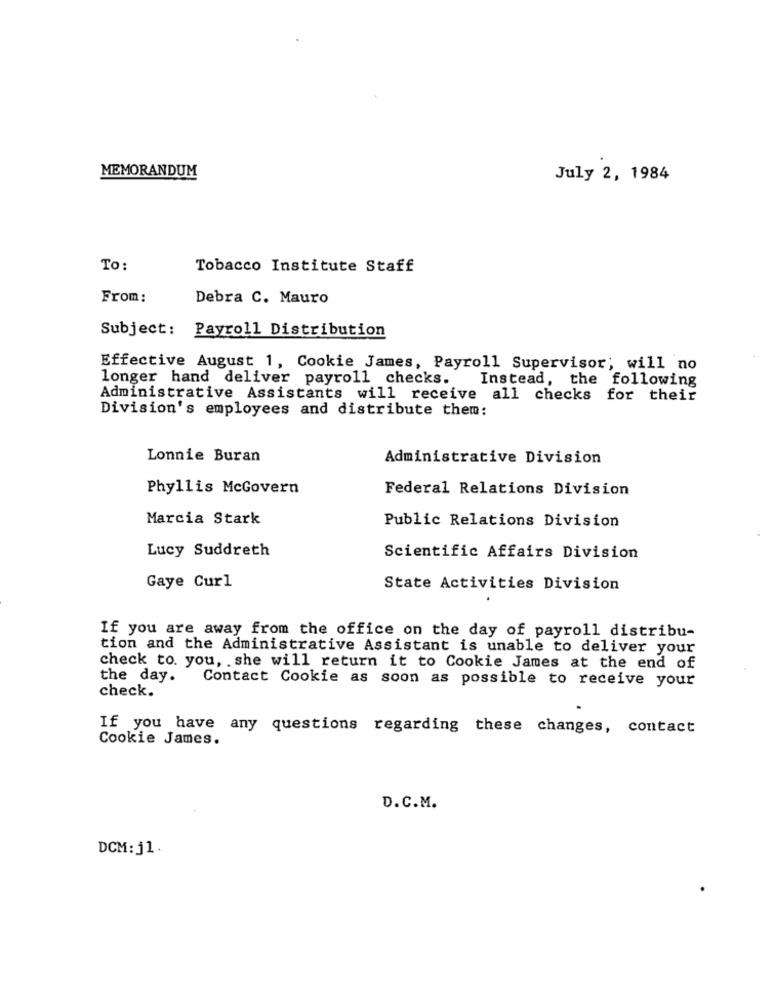
MEMORANDUM
July 2, 1984
To:
Tobacco Institute Staff
From:
Debra C. Mauro
Subject: Payroll Distribution
Effective August 1, Cookie James, Payroll Supervisor; will no
longer hand deliver payroll checks.
Instead, the following
Administrative Assistants will receive all checks for their
Division's employees and distribute them:
Lonnie Buran
Administrative Division
Phyllis McGovern
Federal Relations Division
Marcia Stark
Public Relations Division
Lucy Suddreth
Scientific Affairs Division
Gaye Curl
State Activities Division
If you are away from the office on the day of payroll distribu-
tion and the Administrative Assistant is unable to deliver your
check to. you, . she will return it to Cookie James at the end of
the day.
Contact Cookie as soon as possible to receive your
check.
If you have any questions regarding these changes, contact
Cookie James.
D.C.M.
DCM: j1.